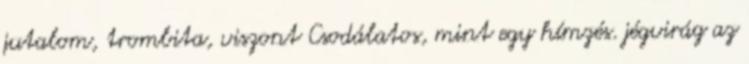
jutalom, trombita, viszont Csodálatos, mint egy hímzés. jégvirág az